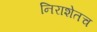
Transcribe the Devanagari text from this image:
निराशेतच